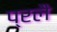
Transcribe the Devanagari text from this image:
प्रलै